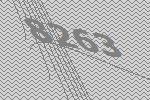
8263